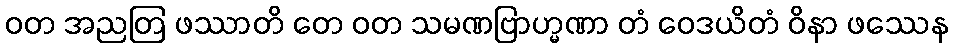
ဝတ အညတြ ဖဿာတိ တေ ဝတ သမဏဗြာဟ္မဏာ တံ ဝေဒယိတံ ဝိနာ ဖဿေန